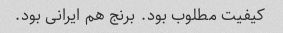
کیفیت مطلوب بود. برنج هم ایرانی بود.